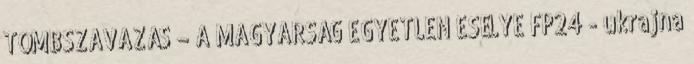
TÖMBSZAVAZÁS – A MAGYARSÁG EGYETLEN ESÉLYE FP24 - ukrajna